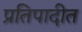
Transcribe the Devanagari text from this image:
प्रतिपादीत